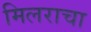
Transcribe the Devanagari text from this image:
मिलराचा